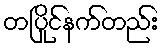
တပြိုင်နက်တည်း